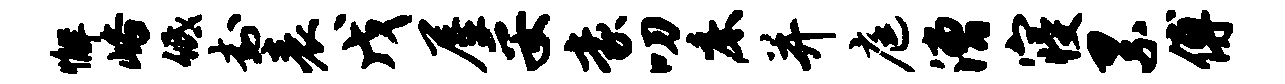
懈峪低封表戊屋妥豪叨床并庭漕寝累傅